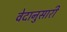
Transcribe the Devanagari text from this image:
वेदानुसारी